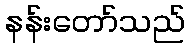
နန်းတော်သည်